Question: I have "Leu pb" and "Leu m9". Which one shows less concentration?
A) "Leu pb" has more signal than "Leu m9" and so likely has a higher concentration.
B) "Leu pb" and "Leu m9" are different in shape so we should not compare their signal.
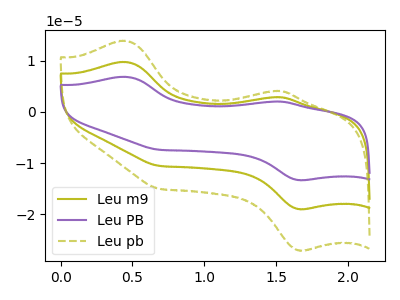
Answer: <think>The olive curve "Leu m9" has anodic peaks at (0.45V, 9.75uA) (1.50V, 2.85uA) and cathodic peaks at (1.65V, -19.00uA) (0.70V, -10.55uA). The purple curve "Leu PB" has anodic peaks at (0.45V, 19.50uA) (1.50V, 5.75uA) and cathodic peaks at (1.65V, -38.00uA) (0.70V, -21.10uA). The olive dashed curve "Leu pb" has anodic peaks at (0.45V, 13.90uA) (1.50V, 4.10uA) and cathodic peaks at (1.65V, -27.05uA) (0.70V, -15.05uA).
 All the peaks in "Leu pb" have a peak in "Leu m9" at the same potential. Every peak in "Leu pb" is higher than every peak in "Leu m9".</think>
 <answer>A) "Leu pb" has more signal than "Leu m9" and so likely has a higher concentration.</answer>
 <eval>A</eval>